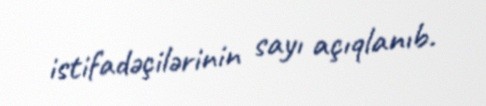
istifadəçilərinin sayı açıqlanıb.